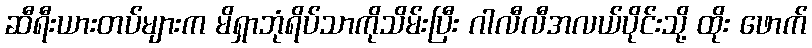
ဆီရီးယားတပ်များက မိရှာဘုံရိပ်သာကိုသိမ်းပြီး ဂါလီလီအလယ်ပိုင်းသို့ ထိုး ဖောက်